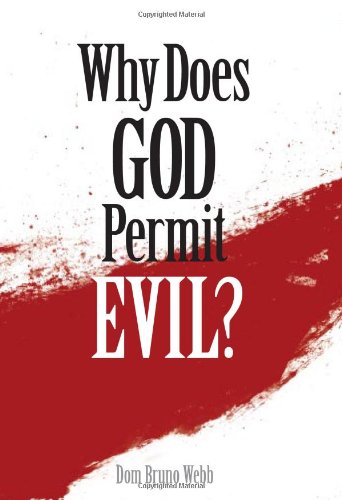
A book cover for Why Does God Permit Evil; Dom Bruno Webb; Politics & Social Sciences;